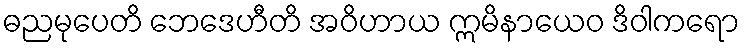
ဓညမုပေတိ ဘေဒေဟီတိ အဝိဟာယ ဣမိနာယေဝ ဒိဝါကရော